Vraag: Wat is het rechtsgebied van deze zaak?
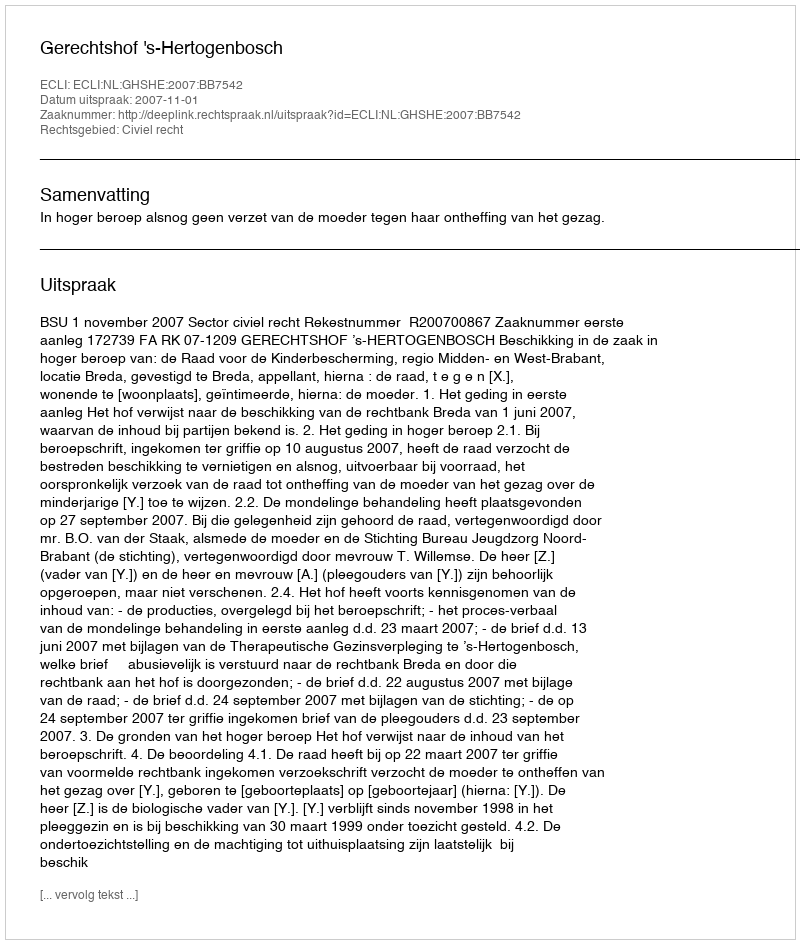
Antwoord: Civiel recht